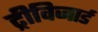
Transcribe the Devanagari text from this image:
ट्रीविजार्ड